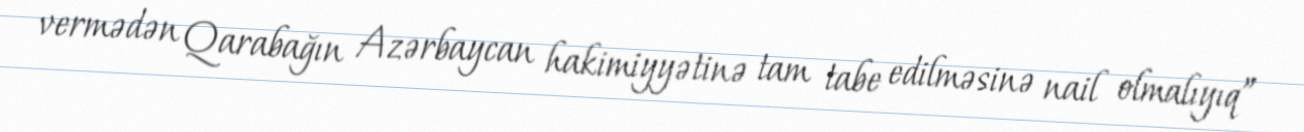
vermədən Qarabağın Azərbaycan hakimiyyətinə tam tabe edilməsinə nail olmalıyıq”